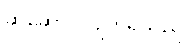
ဆွဲဆောင်လျက်ရှိသည်